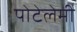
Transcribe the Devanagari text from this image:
पोटेलेमी